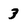
Character: 3